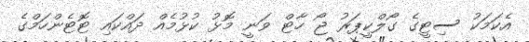
އެކަމަކު ސިޓީގެ ގޯލްކީޕަރު ޖޯ ހާޓް ވަނީ މޮޅު ކުޅުމެއް ދައްކައި ޓޮޓެންހަމްގެ